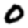
Digit: 0